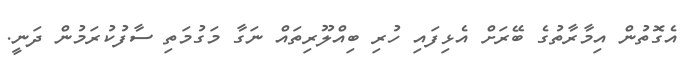
އެގޮތުން އިމާރާތުގެ ބޭރަށް އެޅިފައި ހުރި ބިއްލޫރިތައް ނަގާ މަގުމަތި ސާފުކުރަމުން ދަނީ.